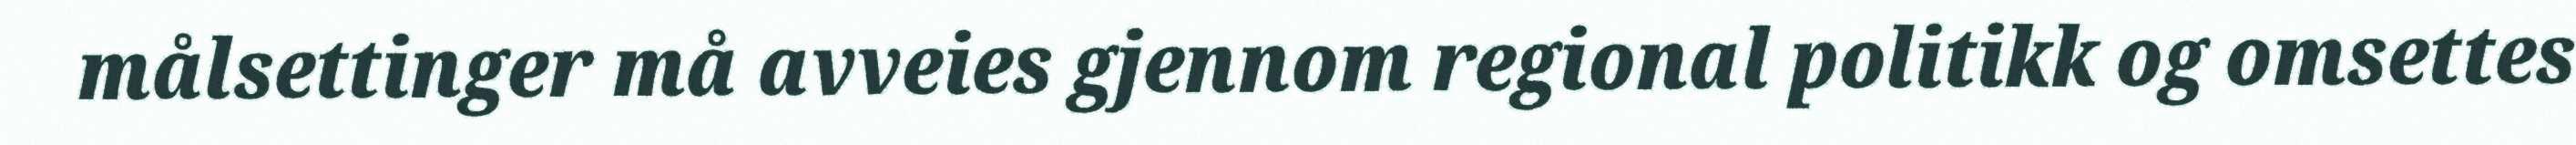
målsettinger må avveies gjennom regional politikk og omsettes